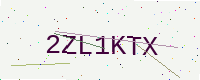
Text: 2ZL1KTX